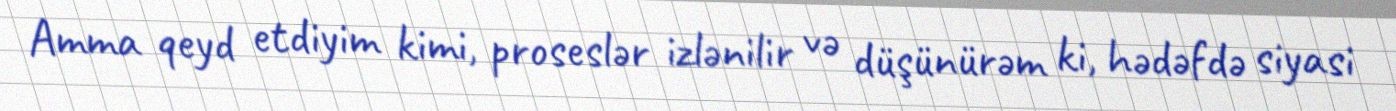
Amma qeyd etdiyim kimi, proseslər izlənilir və düşünürəm ki, hədəfdə siyasi